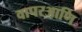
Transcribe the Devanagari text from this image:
वापरआणि